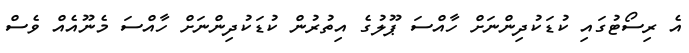
އެ ރިސޯޓުގައި ކުޑަކުދިންނަށް ހާއްސަ ޕޫލުގެ އިތުރުން ކުޑަކުދިންނަށް ހާއްސަ މެނޫއެއް ވެސް